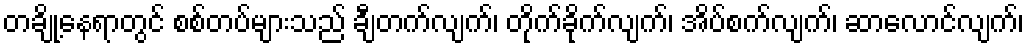
တချို့နေရာတွင် စစ်တပ်များသည် ချီတက်လျက်၊ တိုက်ခိုက်လျက်၊ အိပ်စက်လျက်၊ ဆာလောင်လျက်၊